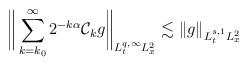
LaTeX: \begin{align*}\bigg\|\sum_{k=k_0}^\infty 2^{- k\alpha} \mathcal{C}_k g\bigg\|_{L^{q,\infty}_tL^2_x}\lesssim \|g\|_{L^{s,1}_tL^2_x}\end{align*}